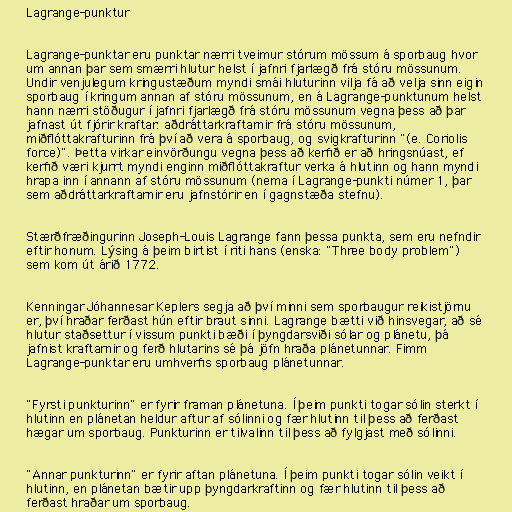
Lagrange-punktur

Lagrange-punktar eru punktar nærri tveimur stórum mössum á sporbaug hvor
um annan þar sem smærri hlutur helst í jafnri fjarlægð frá stóru mössunum.
Undir venjulegum kringustæðum myndi smái hluturinn vilja fá að velja sinn eigin
sporbaug í kringum annan af stóru mössunum, en á Lagrange-punktunum helst
hann nærri stöðugur í jafnri fjarlægð frá stóru mössunum vegna þess að þar
jafnast út fjórir kraftar: aðdráttarkraftarnir frá stóru mössunum,
miðflóttakrafturinn frá því að vera á sporbaug, og svigkrafturinn "(e. Coriolis
force)". Þetta virkar einvörðungu vegna þess að kerfið er að hringsnúast, ef
kerfið væri kjurrt myndi enginn miðflóttakraftur verka á hlutinn og hann myndi
hrapa inn í annann af stóru mössunum (nema í Lagrange-punkti númer 1, þar
sem aðdráttarkraftarnir eru jafnstórir en í gagnstæða stefnu).

Stærðfræðingurinn Joseph-Louis Lagrange fann þessa punkta, sem eru nefndir
eftir honum. Lýsing á þeim birtist í riti hans (enska: "Three body problem")
sem kom út árið 1772.

Kenningar Jóhannesar Keplers segja að því minni sem sporbaugur reikistjörnu
er, því hraðar ferðast hún eftir braut sinni. Lagrange bætti við hinsvegar, að sé
hlutur staðsettur í vissum punkti bæði í þyngdarsviði sólar og plánetu, þá
jafnist kraftarnir og ferð hlutarins sé þá jöfn hraða plánetunnar. Fimm
Lagrange-punktar eru umhverfis sporbaug plánetunnar.

"Fyrsti punkturinn" er fyrir framan plánetuna. Í þeim punkti togar sólin sterkt í
hlutinn en plánetan heldur aftur af sólinni og fær hlutinn til þess að ferðast
hægar um sporbaug. Punkturinn er tilvalinn til þess að fylgjast með sólinni.

"Annar punkturinn" er fyrir aftan plánetuna. Í þeim punkti togar sólin veikt í
hlutinn, en plánetan bætir upp þyngdarkraftinn og fær hlutinn til þess að
ferðast hraðar um sporbaug.